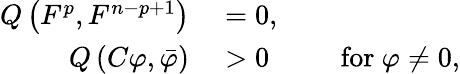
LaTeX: \begin{array}{rlrl}{Q\left(F^{p},F^{n-p+1}\right)}&{{}=0,}\\ {Q\left(C\varphi,{\bar{\varphi}}\right)}&{{}>0}&{}&{{}{\mathrm{~for~}}\varphi\neq 0,}\end{array}